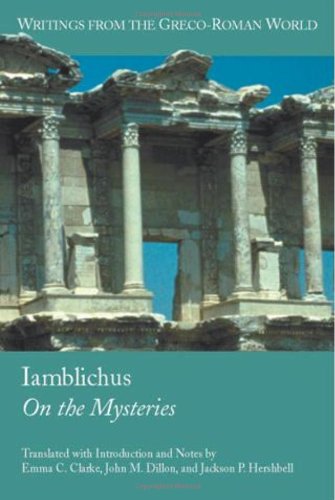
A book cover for Iamblichus: On the Mysteries (Writings from the Greco-Roman World, V. 4.); Emma C. Clarke; Religion & Spirituality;